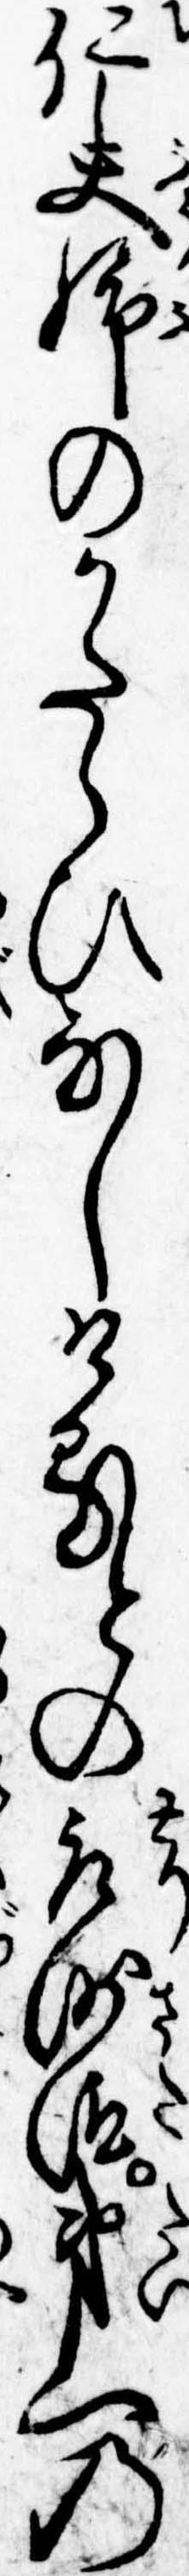
仁夫婦のかたらひなしけるとの取沙汰第一の